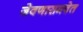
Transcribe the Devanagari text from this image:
जेवणासमवेत